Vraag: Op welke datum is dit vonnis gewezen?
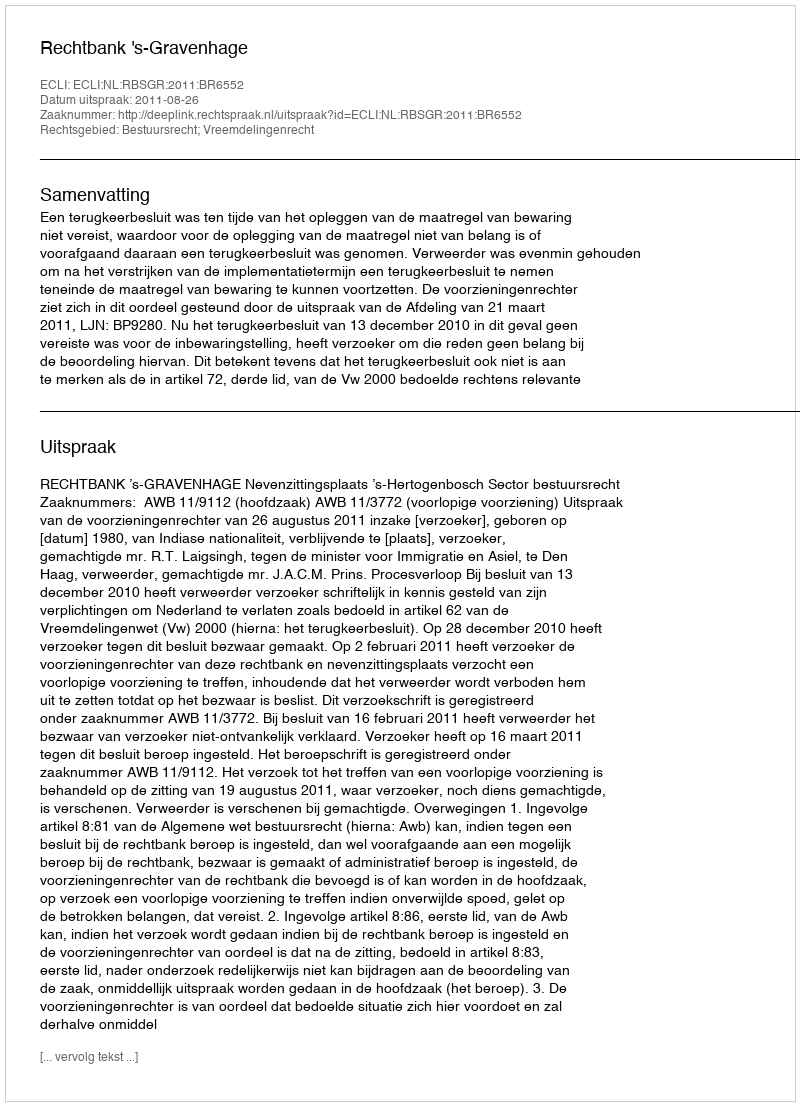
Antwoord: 2011-08-26